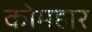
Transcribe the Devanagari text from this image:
कोमहार